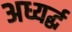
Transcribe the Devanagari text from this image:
अध्यर्द्ध